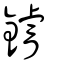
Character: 䥧